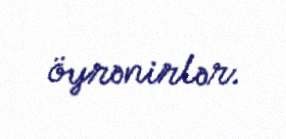
öyrənirlər.